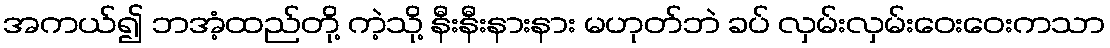
အကယ်၍ ဘအံ့ထည်တို့ ကဲ့သို့ နီးနီးနားနား မဟုတ်ဘဲ ခပ် လှမ်းလှမ်းဝေးဝေးကသာ